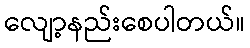
လျော့နည်းစေပါတယ်။